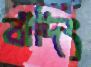
বার্দিং